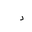
Letter: _dal